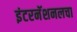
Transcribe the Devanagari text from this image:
इंटरनॅशनलचा